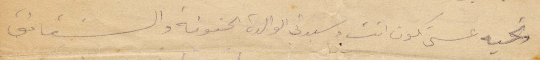
وتحية عسى تكون انت وسيديت الوالدة الحنونة والشقائق